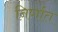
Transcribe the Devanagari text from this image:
निर्णात